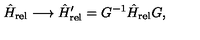
\hat { H } _ { \mathrm { r e l } } \longrightarrow \hat { H } _ { \mathrm { r e l } } ^ { \prime } = G ^ { - 1 } \hat { H } _ { \mathrm { r e l } } G ,